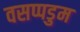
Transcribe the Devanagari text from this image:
वसप्पडुम